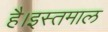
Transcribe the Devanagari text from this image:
है।इस्तमाल